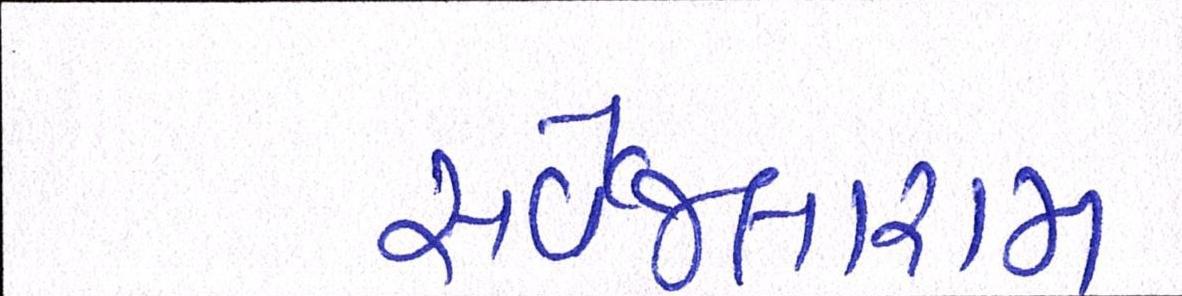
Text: સર્વેજલારામ